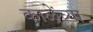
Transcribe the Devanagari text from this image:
काळेंच्या